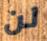
لن